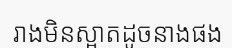
រាងមិនស្អាតដូចនាងផង